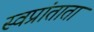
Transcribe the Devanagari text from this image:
स्वप्रांताता